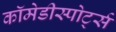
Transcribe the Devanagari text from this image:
कॉमेडीस्पोर्ट्स